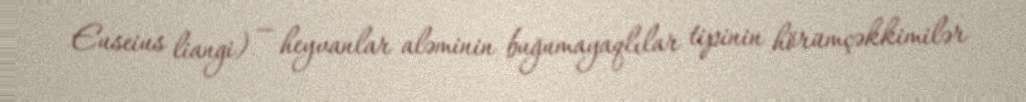
Euseius liangi) — heyvanlar aləminin buğumayaqlılar tipinin hörümçəkkimilər